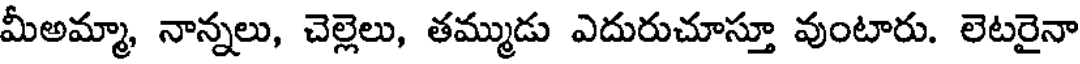
మీఅమ్మా, నాన్నలు, చెల్లెలు, తమ్ముడు ఎదురుచూస్తూ వుంటారు. లెటరైనా